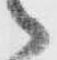
々